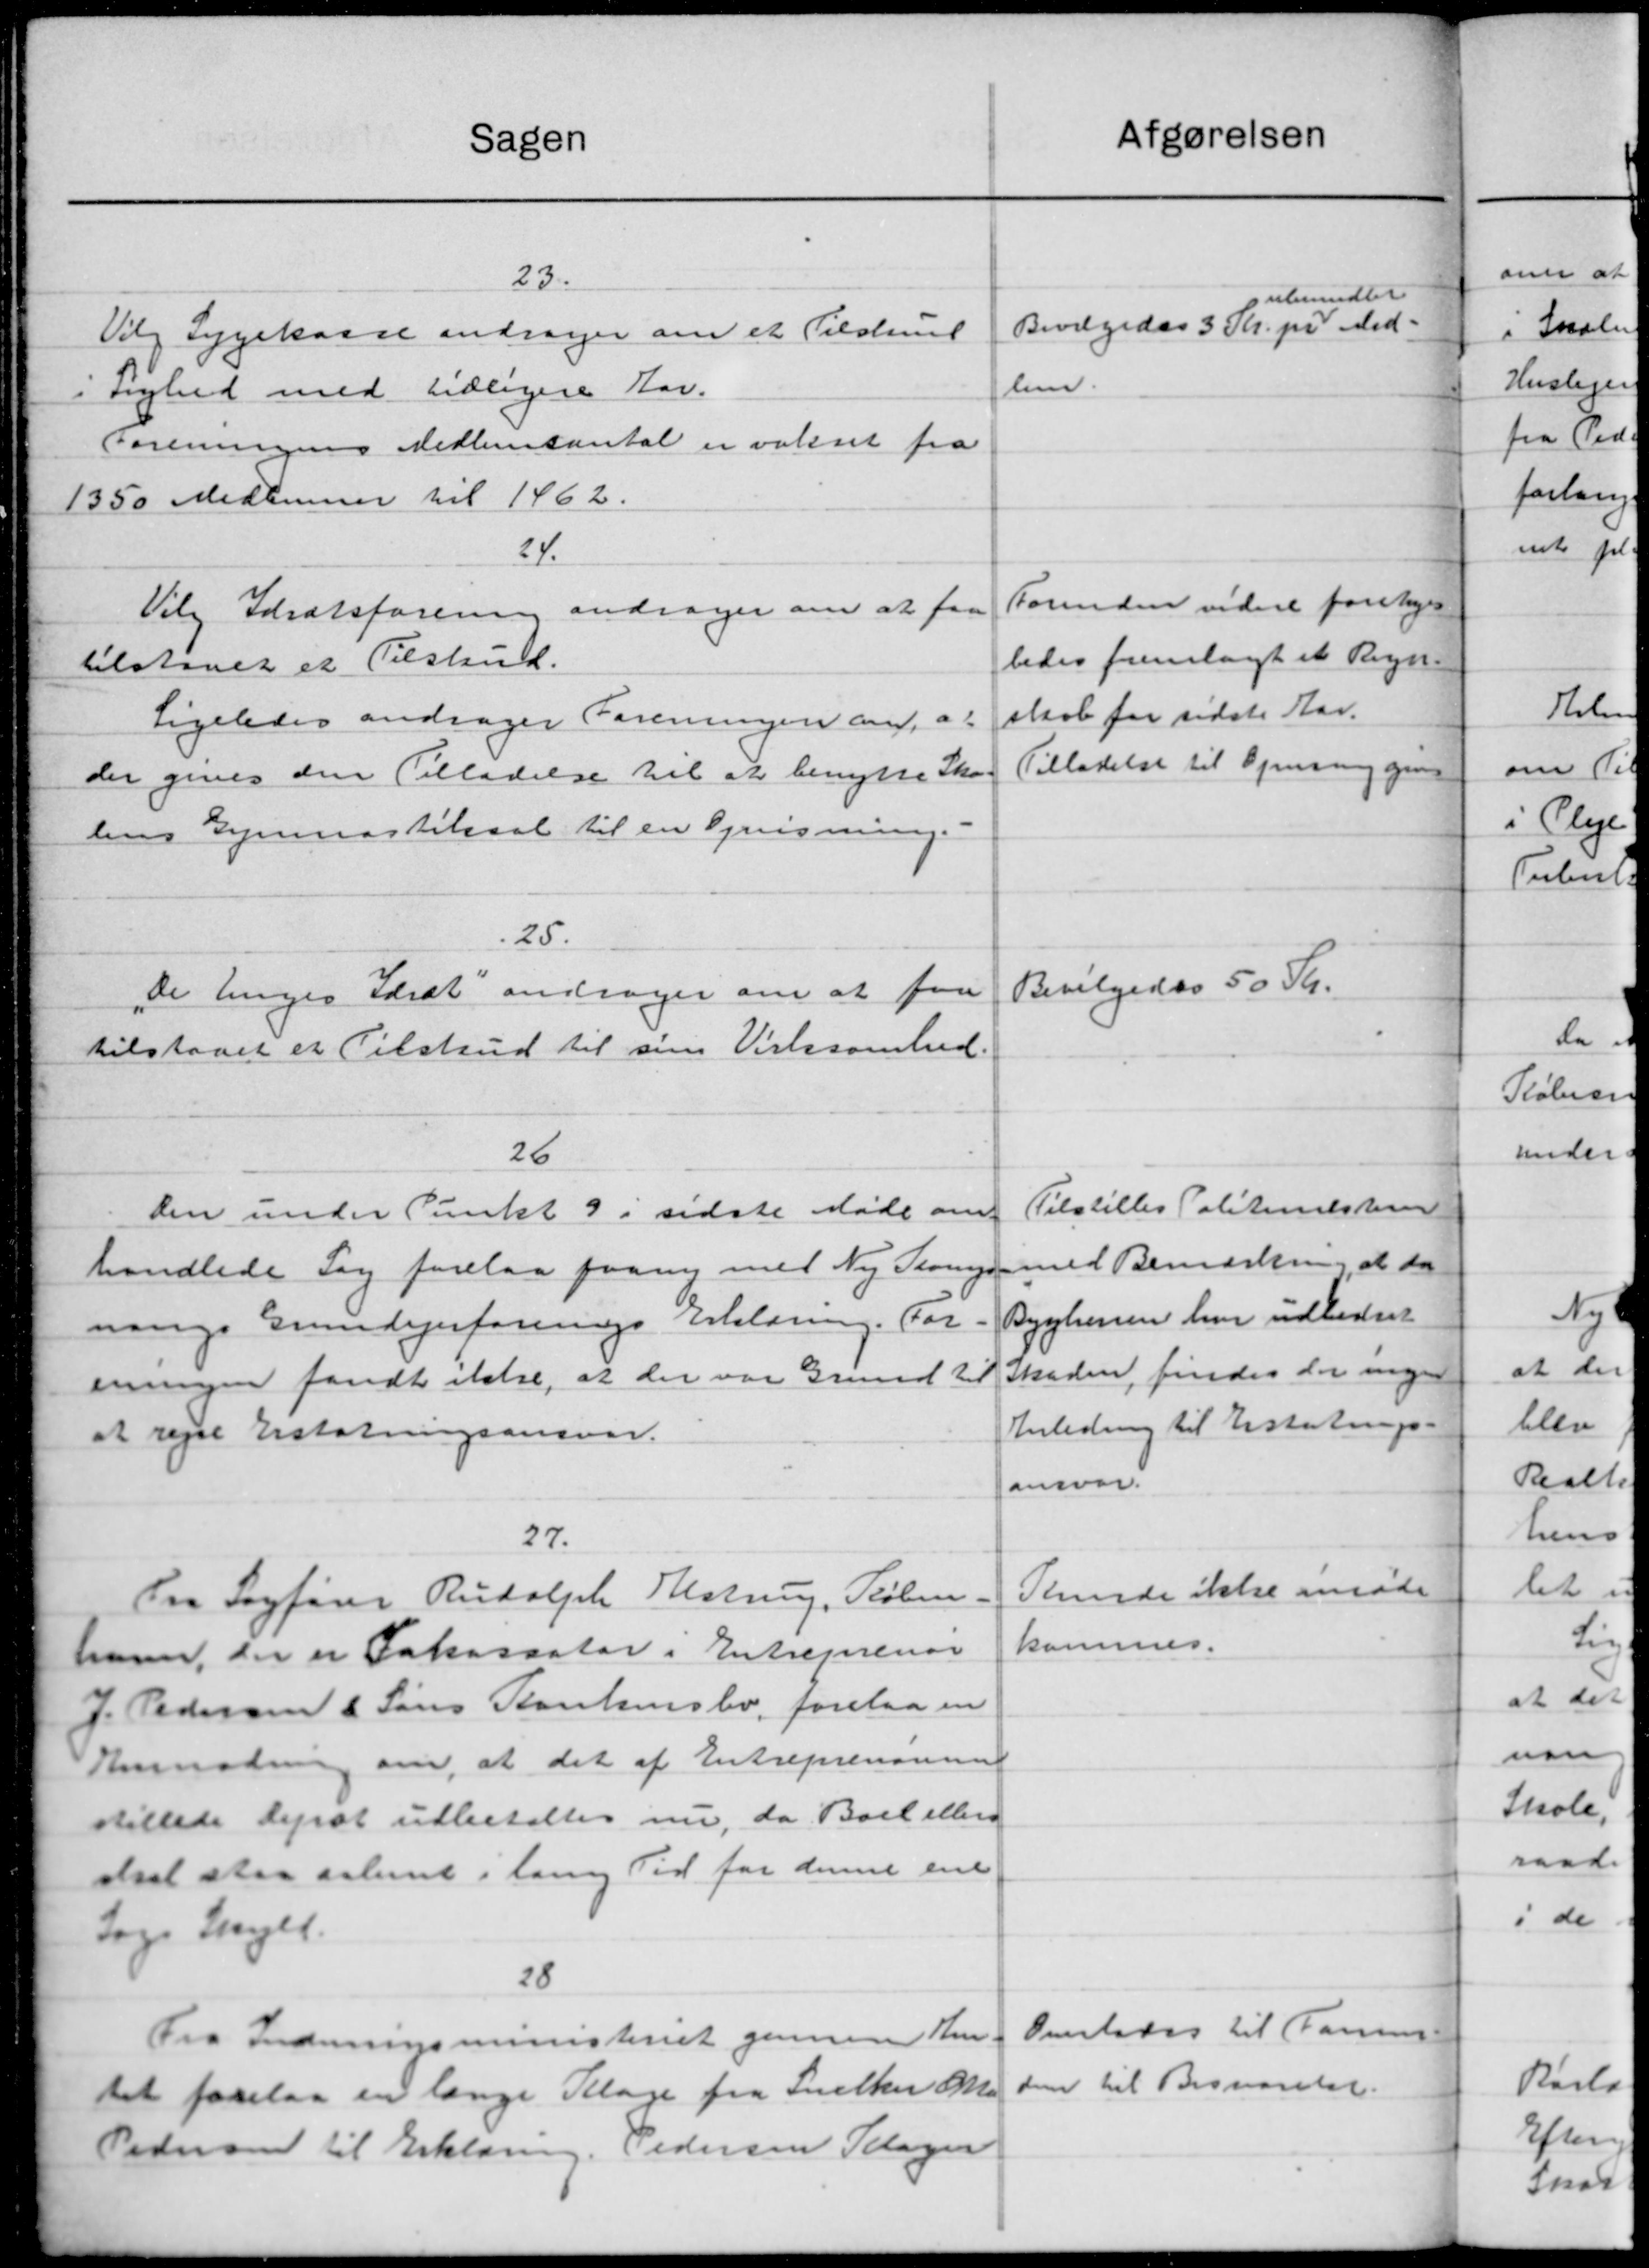
Transskription:
Sagen
23.
Vilg Sygekasse andrager om et Tilsten
sighed med tidligere Aar.
-
Foreningens Medlemsantal er valset fra
1350 Medlemmer til 1462.
24.
Vilg Idrætsforening andrager om at faa
tilstaaet et Tilskud.
Ligeledes andrager Foreningen ang. at
der gives den Tilladelse til at benytte Sko-
lens Gymnastiksal til en Opvisning.
25.
De liges Idræt andrager om at faa
tilstaaet et Tilskud til sin Virksomhed.
26
den under Punkt 9 i sidste Møde om
handlede Sag forelaa paany med Ny Skomag
nings Grundejerforenings Erklæring. For-
enningen fandt ikke, at der var Grund til
at rejse Erstatningsansvar.
27.
Fra Sagfører Rudolph Alstrung, Køben
ham, der er Fakasaator i Entreprenør
J. Pedersen & Søns Poulsenslev, forelaa en
Anmodning om, at det af Entreprensning
stillede derat udbetaltes nu, da Boel ellers
dset staa salent i lang Tid for denne ene
tage Skeel.
28
Fra Indenrigsministeriet gennem An-
tet forelaa en længe Klage fra Snedker M.
Pedersen til Erklæring. Pedersen Klager